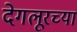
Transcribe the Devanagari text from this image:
देगलूरच्या